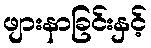
ဖျားနာခြင်းနှင့်